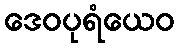
ဒေဝပုရံယေဝ